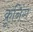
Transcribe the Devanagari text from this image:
क्रूनिंग